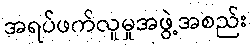
အရပ်ဖက်လူမှုအဖွဲ့အစည်း